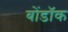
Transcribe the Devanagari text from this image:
बोंडॉक